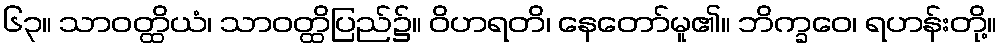
၆၃။ သာဝတ္ထိယံ၊ သာဝတ္ထိပြည်၌။ ဝိဟရတိ၊ နေတော်မူ၏။ ဘိက္ခဝေ၊ ရဟန်းတို့။